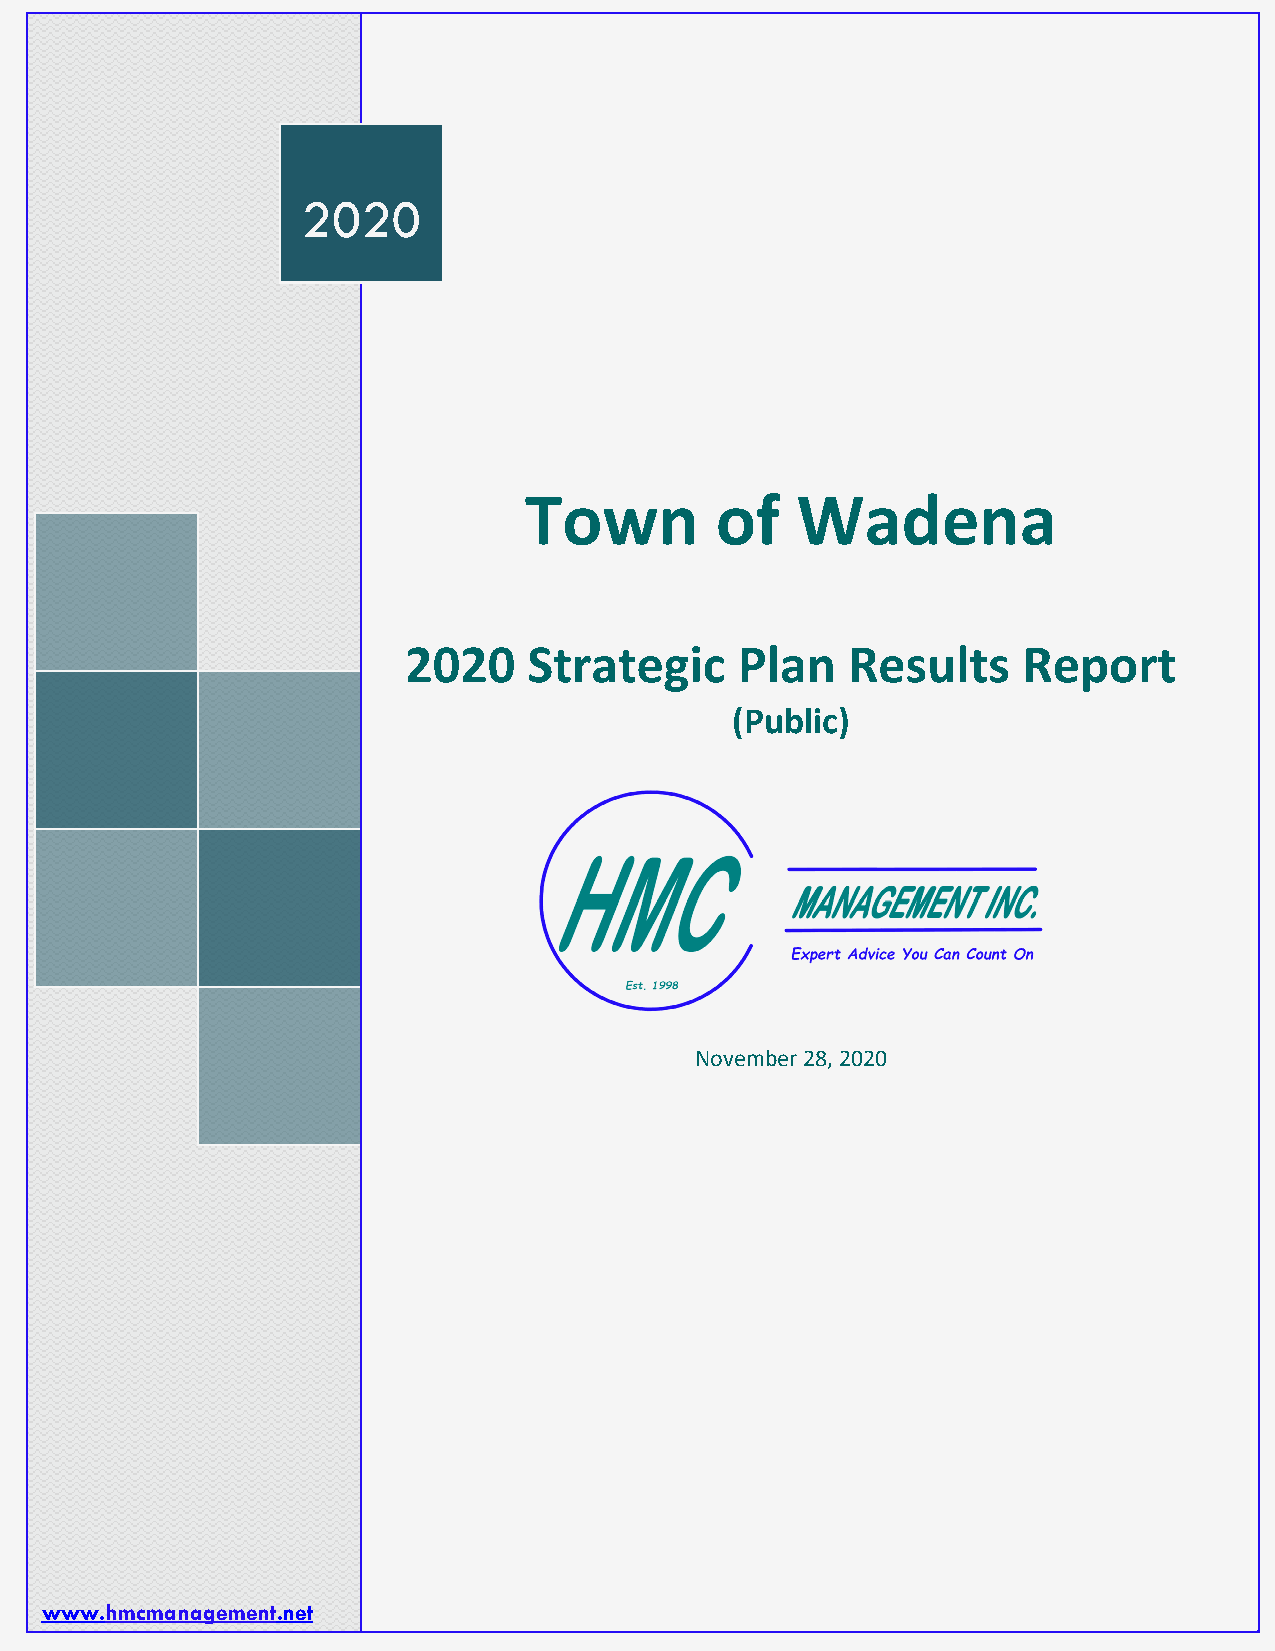
F STRATEGIC PLAN 2017
 TOWN OF WADENA STRATEGIC PLAN 2020
 2020
 Town        of    Wadena
 2020    Strategic     Plan   Results     Report
 (Public)
 November 28, 2020
 Pa g e | 1
 www.hmcmanagement.net